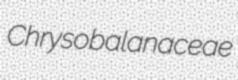
Chrysobalanaceae